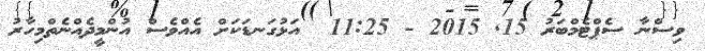
ވިސްނާ ސެޕްޓެމްބަރު 15